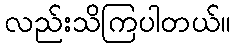
လည်းသိကြပါတယ်။